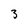
Character: 3